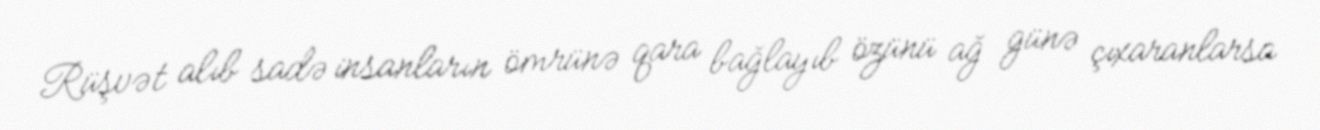
Rüşvət alıb sadə insanların ömrünə qara bağlayıb özünü ağ günə çıxaranlarsa